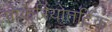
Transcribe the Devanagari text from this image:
प्रोकेरियोतटिक